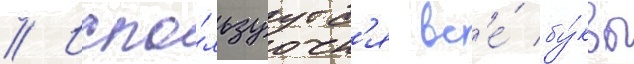
// Испо́льзуутс'я вс'е́ бу́квы